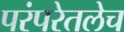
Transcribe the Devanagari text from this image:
परंपरेतलेच